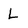
Character: L